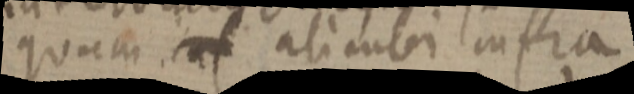
quam ut ali ubi infra